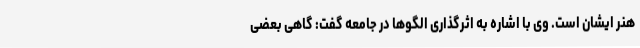
هنر ایشان است. وی با اشاره به اثرگذاری الگوها در جامعه گفت: گاهی بعضی